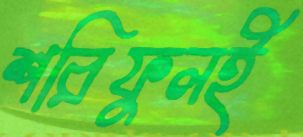
শরিফুলই